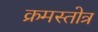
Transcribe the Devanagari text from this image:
क्रमस्तोत्र